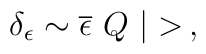
\delta_{\epsilon} \sim \overline{\epsilon}\ Q\ |>\, ,